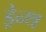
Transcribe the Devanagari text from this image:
ड्रेन्थ